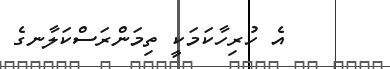
އެ ހުރިހާކަމަކީ ތިމަންރަސްކަލާނގެ